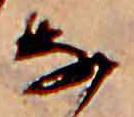
な